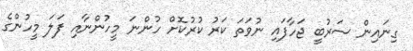
ގިނައިން ސަރުބީ ޖަހާފައި ނުވަތަ ކަރު ކުރުކޮށް ހުންނަ މީހުންނާއި ފަލަ މީހުންގެ